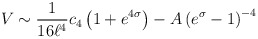
\begin{align*}V\sim{1\over 16 \ell^4}c_4\left(1+e^{4\sigma}\right)-A\left(e^\sigma-1\right)^{-4}\end{align*}